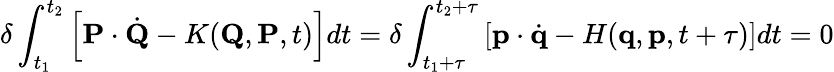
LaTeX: \delta\int_{t_{1}}^{t_{2}}\left[\mathbf{P}\cdot{\dot{\mathbf{Q}}}-K(\mathbf{Q},\mathbf{P},t)\right]dt=\delta\int_{t_{1}+\tau}^{t_{2}+\tau}\left[\mathbf{p}\cdot{\dot{\mathbf{q}}}-H(\mathbf{q},\mathbf{p},t+\tau)\right]dt=0